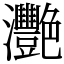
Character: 灧